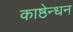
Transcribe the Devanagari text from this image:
काष्ठेन्धन